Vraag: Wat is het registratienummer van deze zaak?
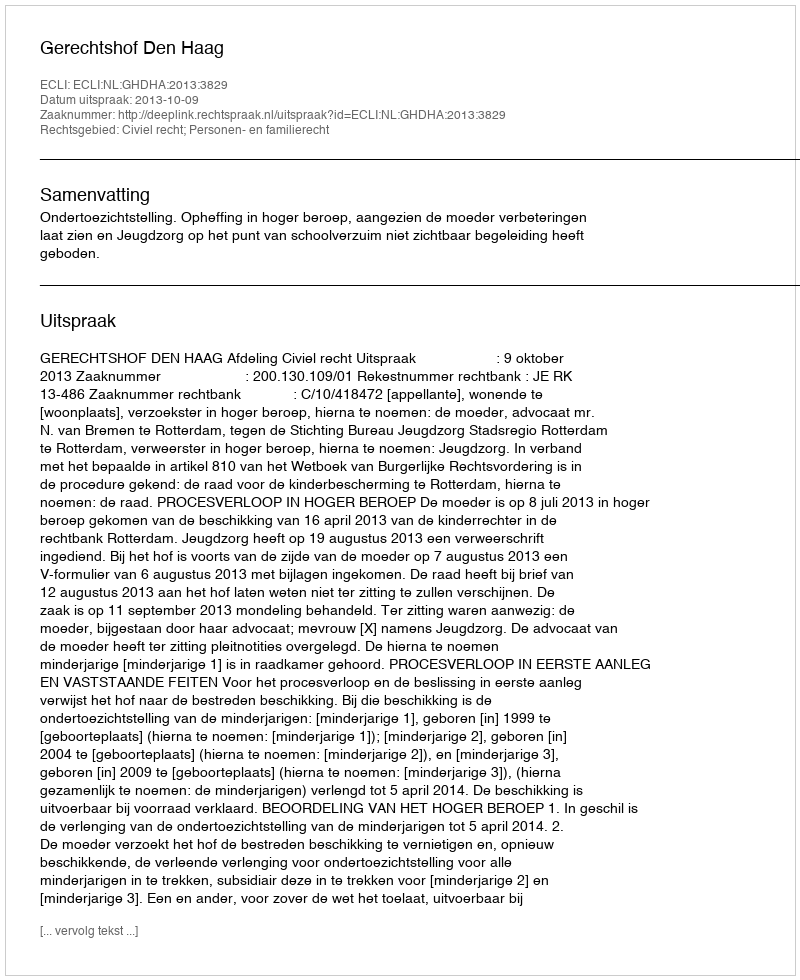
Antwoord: http://deeplink.rechtspraak.nl/uitspraak?id=ECLI:NL:GHDHA:2013:3829